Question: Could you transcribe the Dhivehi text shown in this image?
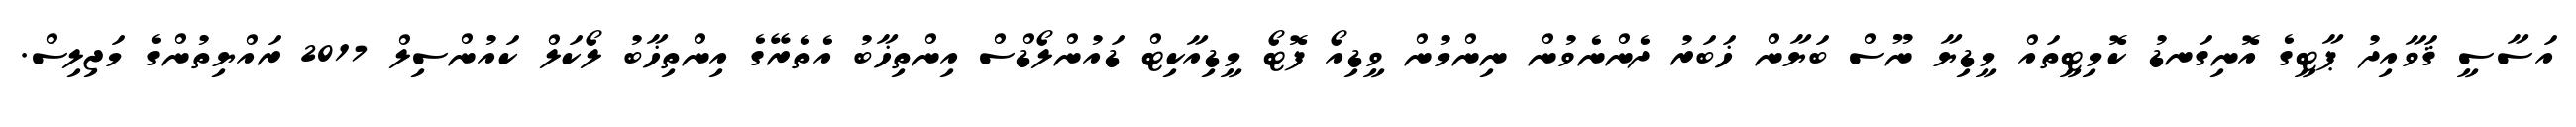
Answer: އަސާސީ ޤަވާއިދު ޕާޓީގެ އޮނިގަނޑު ކޮމިޓީތައް މީޑިޔާ ނޫސް ބަޔާން ޚަބަރު ދެންނެވުން ނިންމުން ވީޑިއޯ ފޮޓޯ މީޑިއާކިޓް ޑައުންލޯޑްސް އިންތިޚާބު އެތެރޭގެ އިންތިޚާބު ލޯކަލް ކައުންސިލް 2017 ރައްޔިތުންގެ މަޖިލިސް.